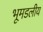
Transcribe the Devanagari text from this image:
भूमडलीय